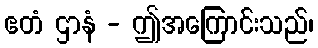
ဧတံ ဌာနံ - ဤအကြောင်းသည်၊